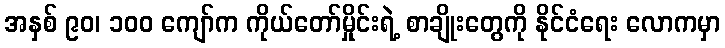
အနှစ် ၉၀၊ ၁၀၀ ကျော်က ကိုယ်တော်မှိုင်းရဲ့ စာချိုးတွေကို နိုင်ငံရေး လောကမှာ